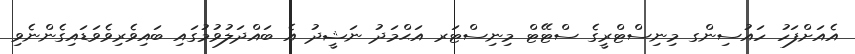
އެއަށްފަހު ހައުސިންގ މިނިސްޓްރީގެ ސްޓޭޓް މިނިސްޓަރ އަޙްމަދު ނަޝީދު އެ ބައްދަލުވުމުގައި ބައިވެރިވެވަޑައިގެންނެވި